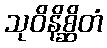
သုဝိနိစ္ဆိတံ